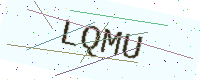
Text: LQMU